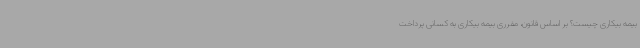
بیمه بیکاری چیست؟ بر اساس قانون، مقرری بیمه بیکاری به کسانی پرداخت